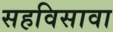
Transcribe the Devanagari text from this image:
सहविसावा